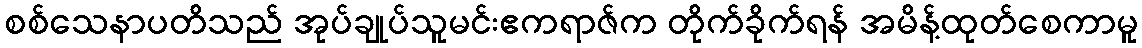
စစ်သေနာပတိသည် အုပ်ချုပ်သူမင်းဧကရာဇ်က တိုက်ခိုက်ရန် အမိန့်ထုတ်စေကာမူ